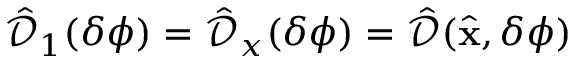
\hat { \mathcal { D } } _ { 1 } ( \delta \phi ) = \hat { \mathcal { D } } _ { x } ( \delta \phi ) = \hat { \mathcal { D } } ( \hat { \bf x } , \delta \phi )